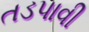
તડપાવી